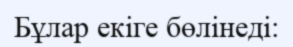
Бұлар екіге бөлінеді: